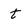
Character: t